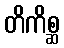
တိကိစ္ဆ